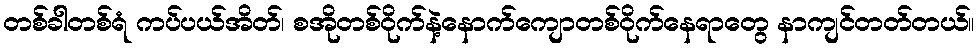
တစ်ခါတစ်ရံ ကပ်ပယ်အိတ်၊ စအိုတစ်ဝိုက်နဲ့နောက်ကျောတစ်ဝိုက်နေရာတွေ နာကျင်တတ်တယ်။